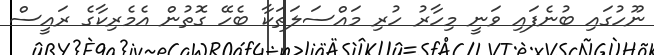
ނޫހުގައި ބުނެފައި ވަނީ މިހާރު ހުރި މައްސަލަތަކާ ބެހޭ ގޮތުން އެމެރިކާގެ ރައީސް